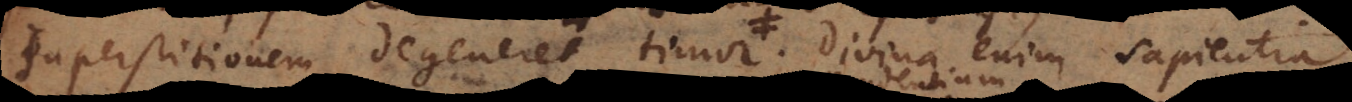
superstitionem degener. Divina enim sapientia